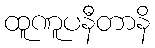
ထူဏူပနီတာနိ